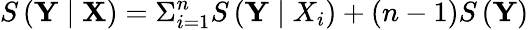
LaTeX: S\left(\mathbf{Y}\mid\mathbf{X}\right)=\Sigma_{i=1}^{n}S\left(\mathbf{Y}\mid X_{i}\right)+(n-1)S\left(\mathbf{Y}\right)